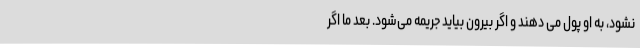
نشود، به او پول می ‌دهند و اگر بیرون بیاید جریمه می‌شود. بعد ما اگر